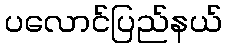
ပလောင်ပြည်နယ်